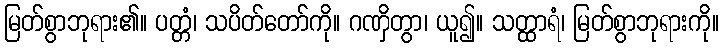
မြတ်စွာဘုရား၏။ ပတ္တံ၊ သပိတ်တော်ကို။ ဂဏှိတွာ၊ ယူ၍။ သတ္ထာရံ၊ မြတ်စွာဘုရားကို။